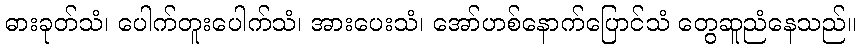
ဓားခုတ်သံ၊ ပေါက်တူးပေါက်သံ၊ အားပေးသံ၊ အော်ဟစ်နောက်ပြောင်သံ တွေဆူညံနေသည်။